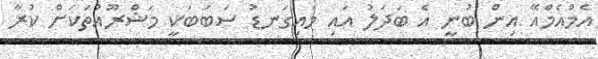
އެމްއެމްއޭ އިން ބުނީ އެ ބަދަލު އައި މައިގަނޑު ސަބަބަކީ މަޝްރޫއުތަކަށް ކުރާ